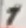
Text: 1